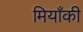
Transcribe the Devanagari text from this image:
मियाँकी